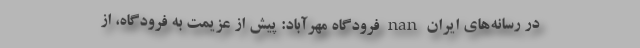
در رسانه‌های ایران nan فرودگاه مهرآباد: پیش از عزیمت به فرودگاه، از